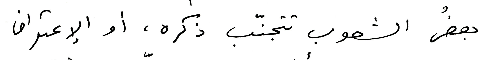
بعضُ الشعوب تتجنّب ذكره، أو الإعتراف